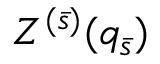
Z ^ { ( \bar { s } ) } ( q _ { \bar { s } } )